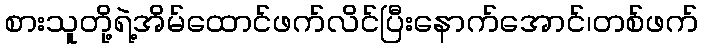
စားသူတို့ရဲ့အိမ်ထောင်ဖက်လိင်ပြီးနောက်အောင်၊တစ်ဖက်